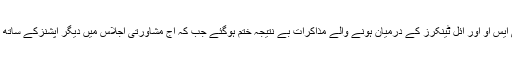
واضح رہے کہ گزشتہ روز پی ایس او اور آئل ٹینکرز کے درمیان ہونے والے مذاکرات بے نتیجہ ختم ہوگئے جب کہ آج مشاورتی اجلاس میں دیگر آپشنزکے ساتھ ہڑتال پربھی غور کیا جائے گا۔